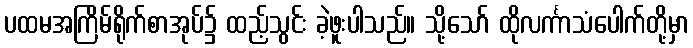
ပထမအကြိမ်ရိုက်စာအုပ်၌ ထည့်သွင်း ခဲ့ဖူးပါသည်။ သို့သော် ထိုလင်္ကာသံပေါက်တို့မှာ